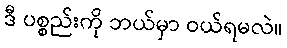
ဒီ ပစ္စည်းကို ဘယ်မှာ ဝယ်ရမလဲ။